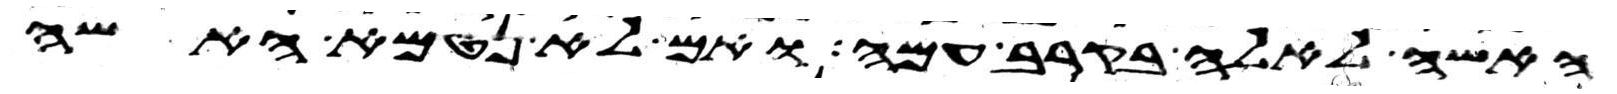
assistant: האשה לאלה בקרב עמה ואם לא נטמאה האשה